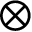
\otimes